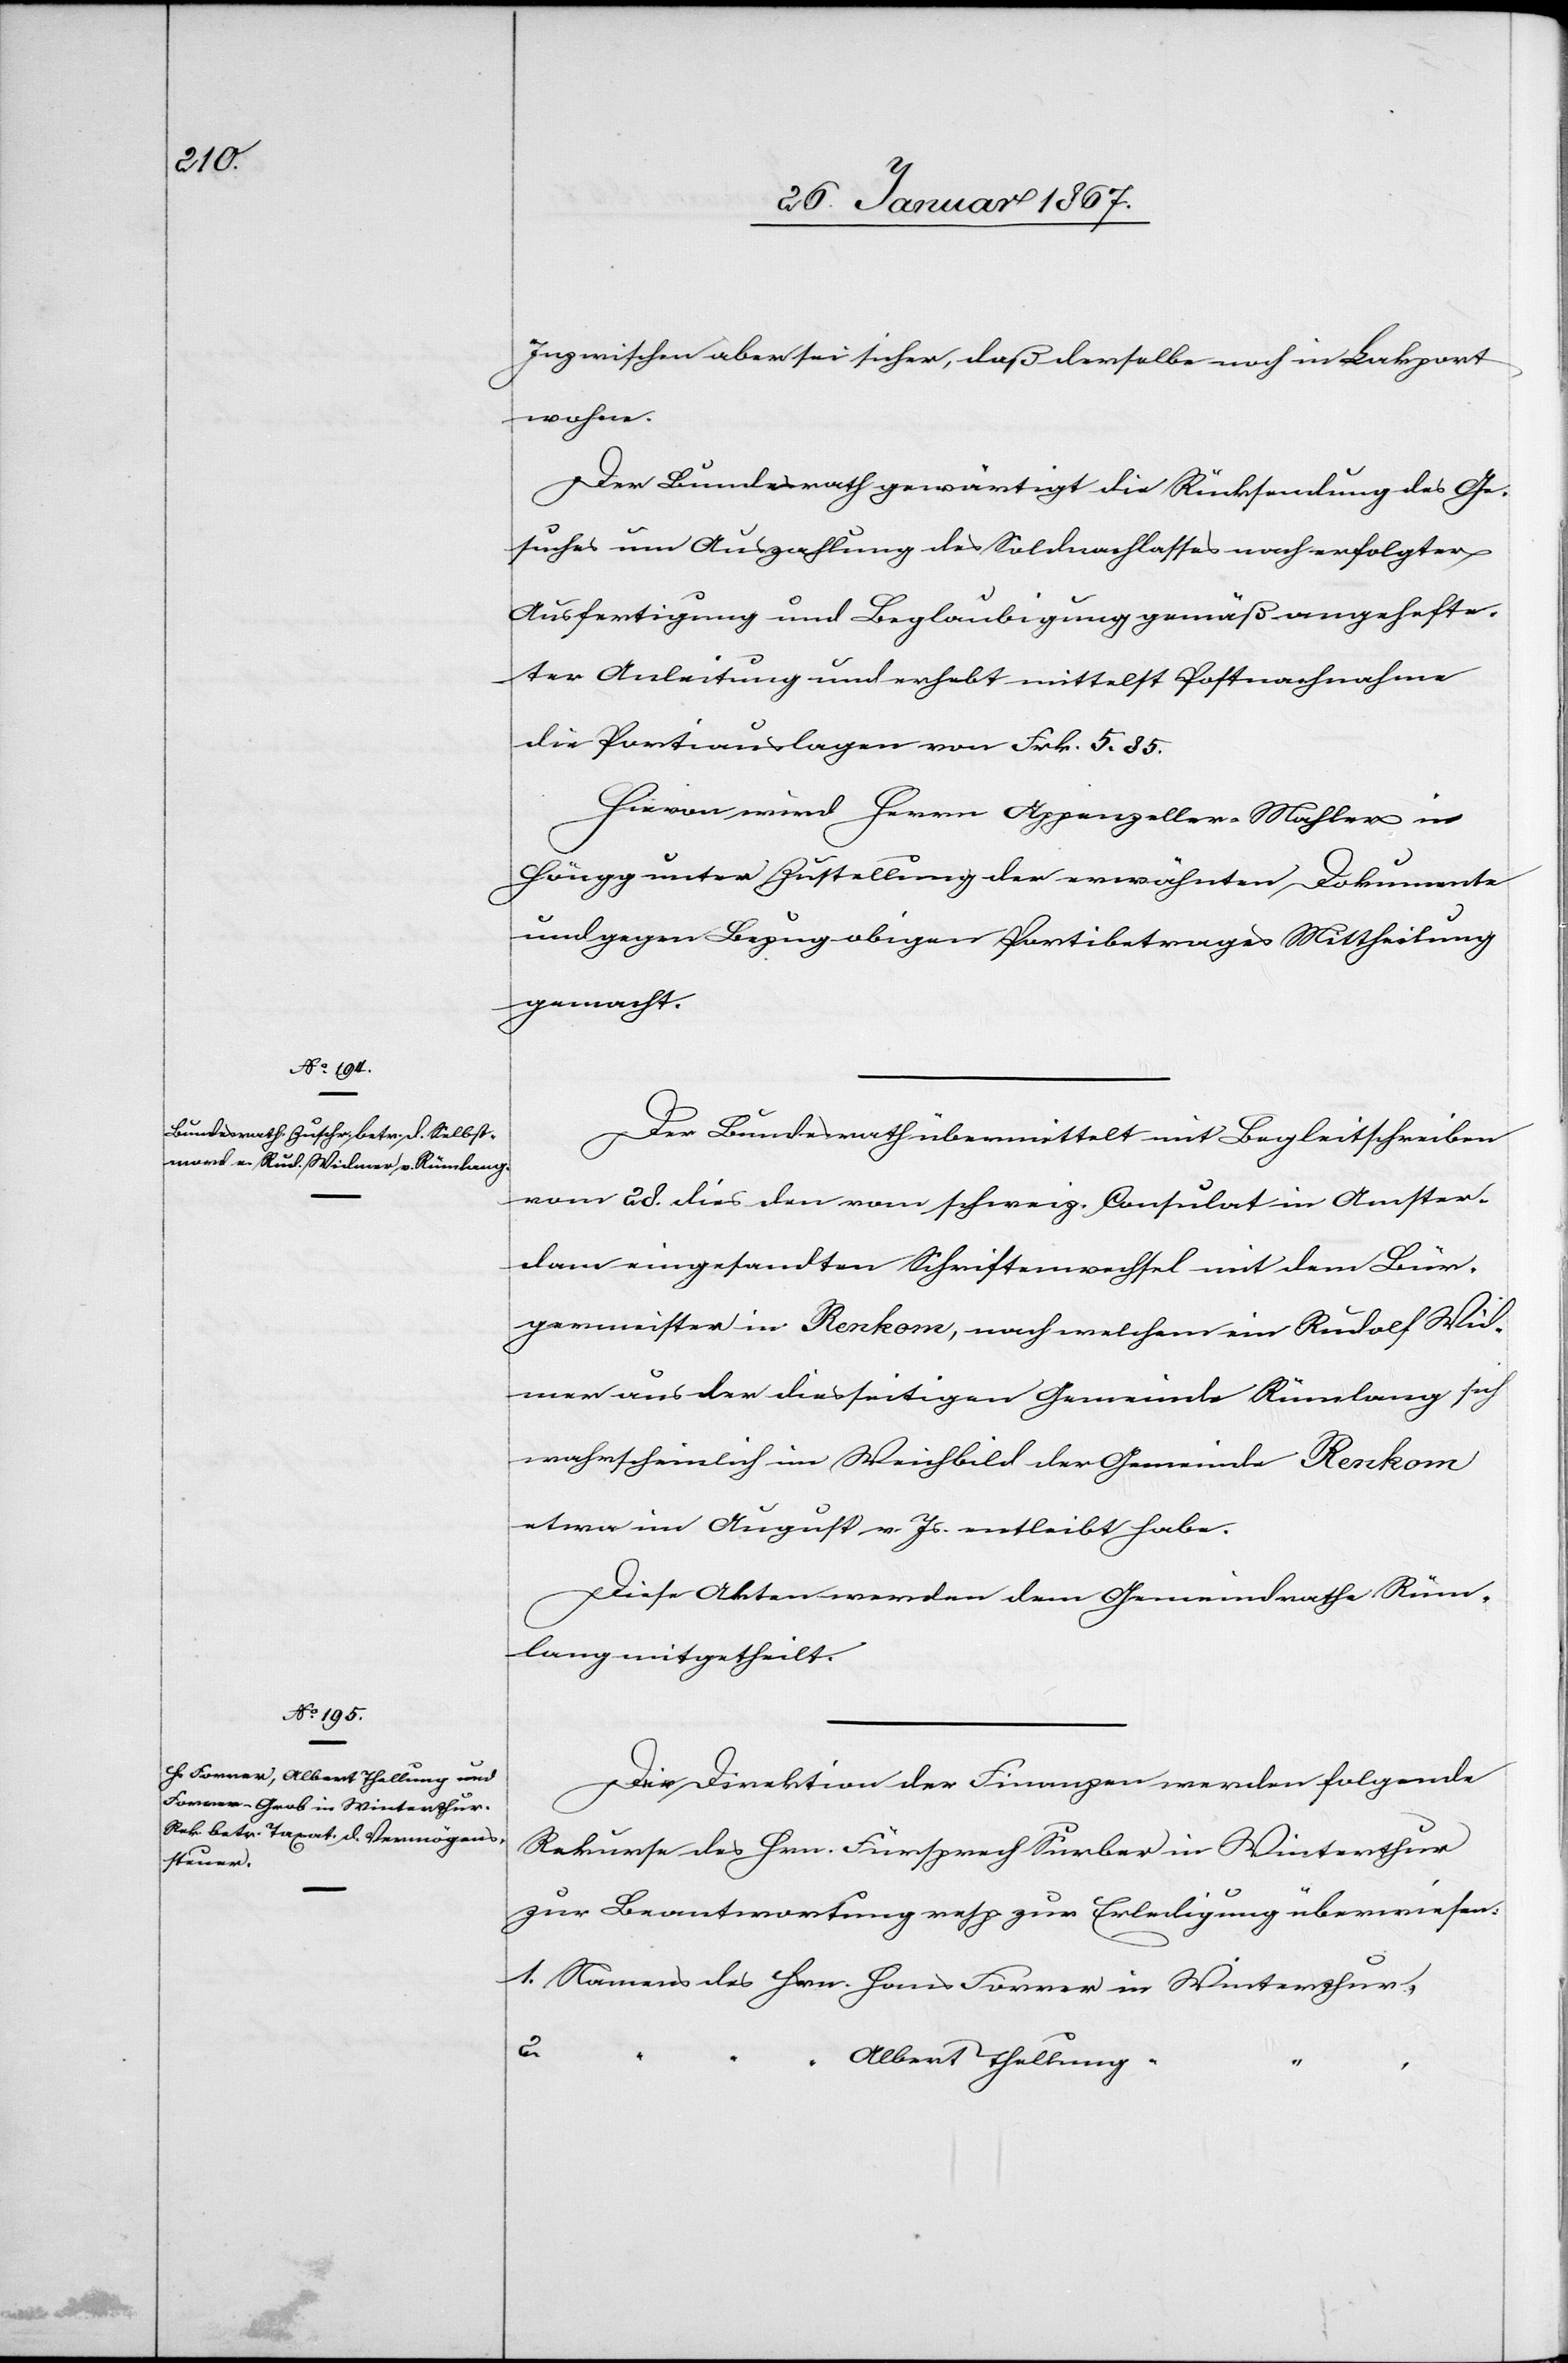
30. Januar 1867]
Inzwischen aber sei sicher, daß derselbe noch in Lakport
wohne.
Der Bundesrath gewärtigt die Rücksendung des Ge¬
suches um Auszahlung des Soldnachlasses nach erfolgter
Ausfertigung und Beglaubigung gemäß angehefte¬
ter Anleitung und erhebt mittelst Postnachnahme
die Portiauslagen von Frk. 5. 85.
Hievon wird Herrn Appenzeller-Mohler in
Höngg unter Zustellung der erwähnten Dokumente
und gegen Bezug obigen Portibetrages Mittheilung
gemacht.
Der Bundesrath übermittelt mit Begleitschreiben
vom 28. dies den vom schweiz. Consulat in Amster¬
dam eingesandten Schriftenwechsel mit dem Bür¬
germeister in Renkom, nach welchem ein Rudolf Wid¬
mer aus der diesseitigen Gemeinde Rümlang sich
wahrscheinlich im Weihbild der Gemeinde Renkom
etwa im August v. Js entleibt habe.
Diese Akten werden dem Gemeindrathe Rüm¬
lang mitgetheilt.
Der Direktion der Finanzen werden folgende
Rekurse des Hrn. Fürsprech Surber in Winterthur
zur Beantwortung resp. zur Erledigung überwiesen:
1. Namens des Hrn. Hans Forrer 	in Winterthur,
2.
Albert Thellung